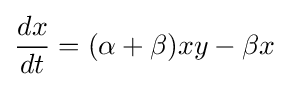
{dx \over dt}=(\alpha +\beta )xy-\beta x